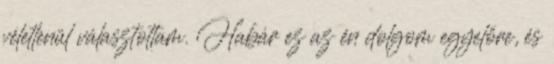
véletlenül választottam. Habár ez az én dolgom egyelőre, és